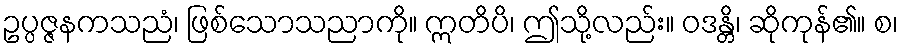
ဥပ္ပဇ္ဇနကသညံ၊ ဖြစ်သောသညာကို။ ဣတိပိ၊ ဤသို့လည်း။ ဝဒန္တိ၊ ဆိုကုန်၏။ စ၊